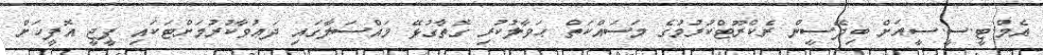
އެމް.ޓީ.ސީ.ސީއަށް ބިދޭސީން ރެކްރޫޓްކުރުމުގެ މަސައްކަތް ޙަވާލުކުރި ގޮތާގުޅޭ މައްސަލާގައި ދަޢުވާކުރުމަށްޓަކައި ޕީޖީ އޮފީހަށް